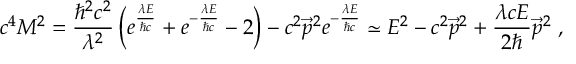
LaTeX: c ^ { 4 } M ^ { 2 } = { \frac { \hbar ^ { 2 } c ^ { 2 } } { \lambda ^ { 2 } } } \left( e ^ { \frac { \lambda E } { \hbar c } } + e ^ { - { \frac { \lambda E } { \hbar c } } } - 2 \right) - c ^ { 2 } \vec { p } ^ { 2 } e ^ { - { \frac { \lambda E } { \hbar c } } } \simeq E ^ { 2 } - c ^ { 2 } \vec { p } ^ { 2 } + { \frac { \lambda c E } { 2 \hbar } } \vec { p } ^ { 2 } ~ ,